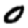
Digit: 0